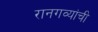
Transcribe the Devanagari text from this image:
रानगव्यांची